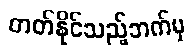
တတ်နိုင်သည့်ဘက်မှ